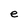
Character: e